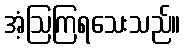
အံ့ဩကြရသေးသည်။